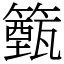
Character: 籈